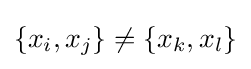
\{x_{i},x_{j}\}\neq \{x_{k},x_{l}\}